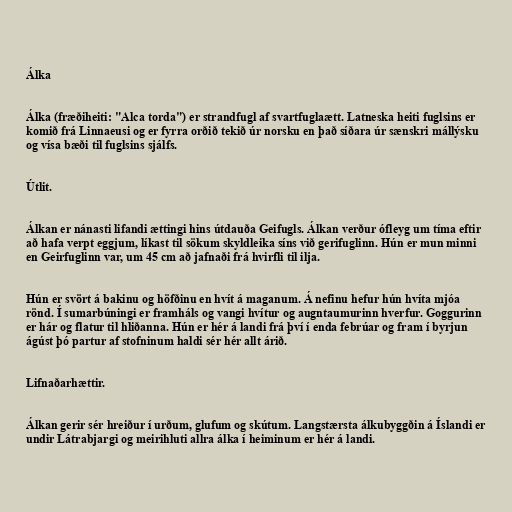
Álka

Álka (fræðiheiti: "Alca torda") er strandfugl af svartfuglaætt. Latneska heiti fuglsins er
komið frá Linnaeusi og er fyrra orðið tekið úr norsku en það síðara úr sænskri mállýsku
og vísa bæði til fuglsins sjálfs.

Útlit.

Álkan er nánasti lifandi ættingi hins útdauða Geifugls. Álkan verður ófleyg um tíma eftir
að hafa verpt eggjum, líkast til sökum skyldleika síns við gerifuglinn. Hún er mun minni
en Geirfuglinn var, um 45 cm að jafnaði frá hvirfli til ilja.

Hún er svört á bakinu og höfðinu en hvít á maganum. Á nefinu hefur hún hvíta mjóa
rönd. Í sumarbúningi er framháls og vangi hvítur og augntaumurinn hverfur. Goggurinn
er hár og flatur til hliðanna. Hún er hér á landi frá því í enda febrúar og fram í byrjun
ágúst þó partur af stofninum haldi sér hér allt árið.

Lifnaðarhættir.

Álkan gerir sér hreiður í urðum, glufum og skútum. Langstærsta álkubyggðin á Íslandi er
undir Látrabjargi og meirihluti allra álka í heiminum er hér á landi.